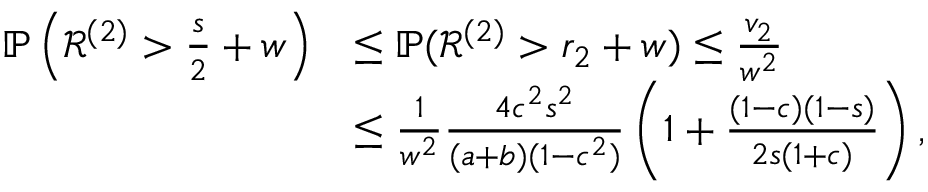
\begin{array} { r l } { \mathbb { P } \left( { \mathcal { R } } ^ { ( 2 ) } > \frac { s } { 2 } + w \right) } & { \leq \mathbb { P } ( { \mathcal { R } } ^ { ( 2 ) } > r _ { 2 } + w ) \leq \frac { v _ { 2 } } { w ^ { 2 } } } \\ & { \leq \frac { 1 } { w ^ { 2 } } \frac { 4 c ^ { 2 } s ^ { 2 } } { ( a + b ) ( 1 - c ^ { 2 } ) } \left( 1 + \frac { ( 1 - c ) ( 1 - s ) } { 2 s ( 1 + c ) } \right) , } \end{array}